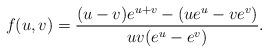
LaTeX: \begin{align*}f(u,v) = {(u-v)e^{u+v}-(ue^u-ve^v)\over u v (e^u - e^v)}.\end{align*}